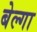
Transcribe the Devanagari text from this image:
बेल्गा